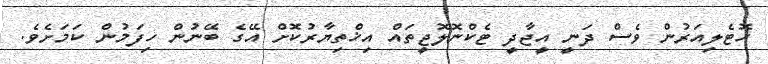
ހޮޓެލިއަރުން ވެސް ދަނީ އީޖާދީ ޓެކްނޮލޮޖީތައް އިޚްތިޔާރުކޮށް އޭގެ ބޭނުން ހިފަމުން ކަމަށެވެ.